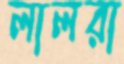
লালরা